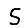
Digit: 5